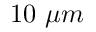
1 0 ~ \mu m